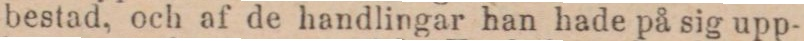
bestad, och af de handlingar han hade på sig upp-